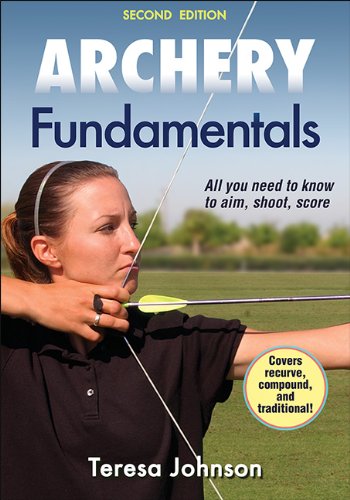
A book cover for Archery Fundamentals-2nd Edition; Teresa Johnson; Sports & Outdoors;